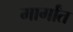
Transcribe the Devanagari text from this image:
मार्गांत